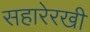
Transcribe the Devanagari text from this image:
सहारेरखी